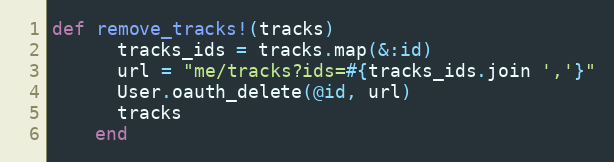
Language: Ruby
def remove_tracks!(tracks)
      tracks_ids = tracks.map(&:id)
      url = "me/tracks?ids=#{tracks_ids.join ','}"
      User.oauth_delete(@id, url)
      tracks
    end